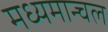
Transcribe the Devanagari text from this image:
मध्यमान्चल